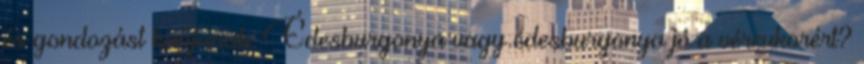
és gondozást kapjanak. Édesburgonya vagy édesburgonya jó a vércukorért?